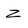
Character: Z